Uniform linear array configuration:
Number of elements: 4
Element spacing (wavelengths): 1
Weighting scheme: uniform
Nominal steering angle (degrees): -30
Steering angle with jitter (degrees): -29.44
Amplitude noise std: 0.05
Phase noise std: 0.05

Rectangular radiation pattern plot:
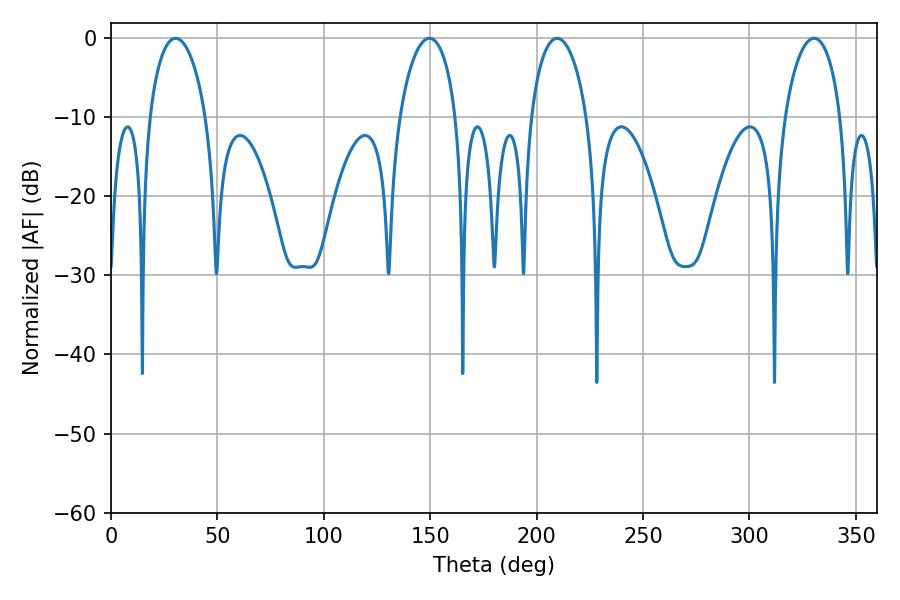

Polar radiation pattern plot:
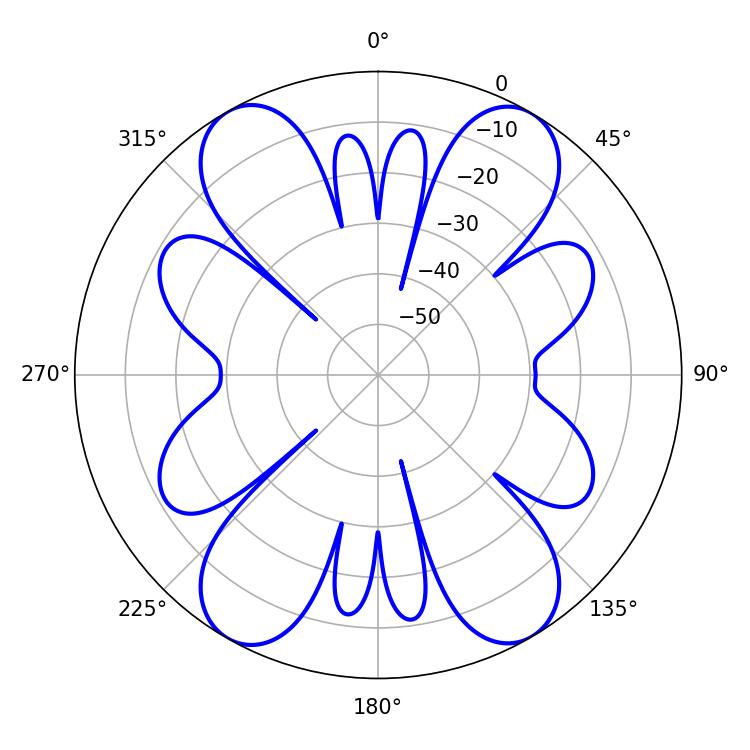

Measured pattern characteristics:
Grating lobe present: TRUE
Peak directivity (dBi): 33.629
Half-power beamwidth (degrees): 15.3
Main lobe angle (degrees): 30.42